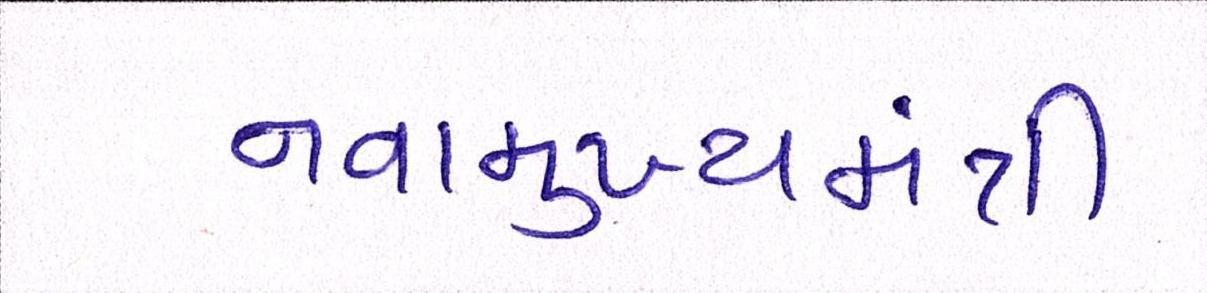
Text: નવામુખ્યમંત્રી